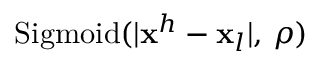
\mathrm { S i g m o i d } ( | \mathbf { x } ^ { h } - \mathbf { x } _ { l } | , \, \rho )